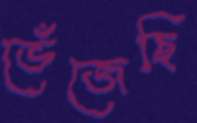
ভেঁজেছি